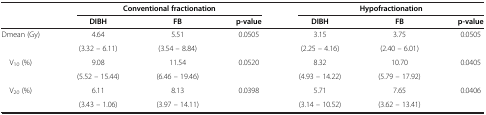
<table><thead><tr><td><b> </b></td><td colspan="3"><b>Conventional fractionation</b></td><td colspan="3"><b>Hypofractionation</b></td></tr><tr><td><b> </b></td><td><b>DIBH</b></td><td><b>FB</b></td><td><b>p-value</b></td><td><b>DIBH</b></td><td><b>FB</b></td><td><b>p-value</b></td></tr></thead><tbody><tr><td rowspan="2">Dmean (Gy)</td><td>4.64</td><td>5.51</td><td rowspan="2">0.0505</td><td>3.15</td><td>3.75</td><td rowspan="2">0.0505</td></tr><tr><td>(3.32 – 6.11)</td><td>(3.54 – 8.84)</td><td>(2.25 – 4.16)</td><td>(2.40 – 6.01)</td></tr><tr><td rowspan="2">V<sub>10</sub> (%)</td><td>9.08</td><td>11.54</td><td rowspan="2">0.0520</td><td>8.32</td><td>10.70</td><td rowspan="2">0.0405</td></tr><tr><td>(5.52 – 15.44)</td><td>(6.46 – 19.46)</td><td>(4.93 – 14.22)</td><td>(5.79 – 17.92)</td></tr><tr><td rowspan="2">V<sub>20</sub> (%)</td><td>6.11</td><td>8.13</td><td rowspan="2">0.0398</td><td>5.71</td><td>7.65</td><td rowspan="2">0.0406</td></tr><tr><td>(3.43 – 1.06)</td><td>(3.97 – 14.11)</td><td>(3.14 – 10.52)</td><td>(3.62 – 13.41)</td></tr></tbody></table>